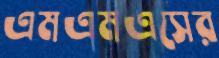
এমএমএসের